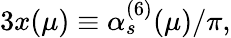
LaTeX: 3x(\mu)\equiv\alpha_{s}^{(6)}(\mu)/\pi,